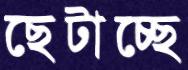
ছেটাচ্ছে